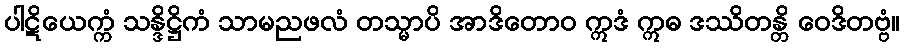
ပါဋိယေက္ကံ သန္ဒိဋ္ဌိကံ သာမညဖလံ တသ္မာပိ အာဒိတောဝ ဣဒံ ဣဓ ဒဿိတန္တိ ဝေဒိတဗ္ဗံ။